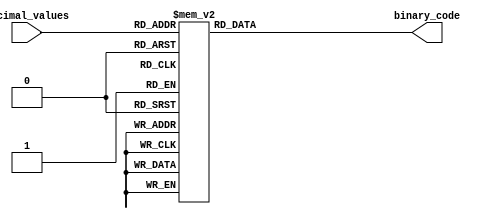
module decimal_priority_encoder (
    input [3:0] decimal_values,
    output reg [3:0] binary_code
);

always @ (*) begin
    case(decimal_values)
        0: binary_code = 4'b0000;
        1: binary_code = 4'b0001;
        2: binary_code = 4'b0010;
        3: binary_code = 4'b0011;
        4: binary_code = 4'b0100;
        5: binary_code = 4'b0101;
        6: binary_code = 4'b0110;
        7: binary_code = 4'b0111;
        8: binary_code = 4'b1000;
        9: binary_code = 4'b1001;
        default: binary_code = 4'b0000;
    endcase
end

endmodule